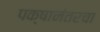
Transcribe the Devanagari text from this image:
पक्षानंतरचा